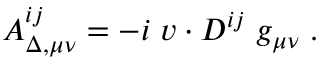
{ \cal A } _ { \Delta , \mu \nu } ^ { i j } = - i \; v \cdot D ^ { i j } \; g _ { \mu \nu } \; .